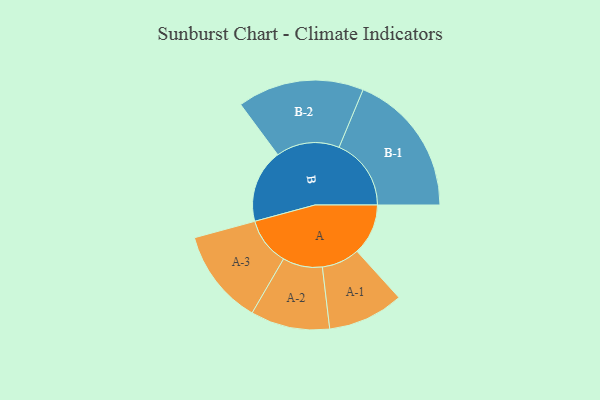
{"axis": {"x": "Segment", "y": "Value"}, "legend": ["", "A", "B"], "data": [{"x": "A", "y": 151, "type": ""}, {"x": "B", "y": 217, "type": ""}, {"x": "A-1", "y": 112, "type": "A"}, {"x": "A-2", "y": 117, "type": "A"}, {"x": "A-3", "y": 141, "type": "A"}, {"x": "B-1", "y": 213, "type": "B"}, {"x": "B-2", "y": 187, "type": "B"}]}